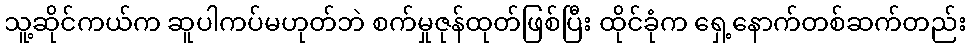
သူ့ဆိုင်ကယ်က ဆူပါကပ်မဟုတ်ဘဲ စက်မှုဇုန်ထုတ်ဖြစ်ပြီး ထိုင်ခုံက ရှေ့နောက်တစ်ဆက်တည်း